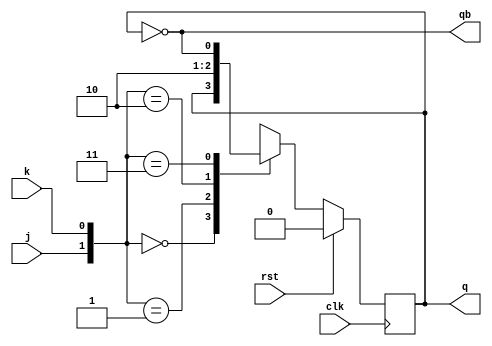
module jkf(j,k,clk,rst,q,qb);
input j,k,clk,rst;
output reg q;
output qb;
parameter HOLD=2'b00,
SET= 2'b01,
RESET= 2'b10,
TOGGLE= 2'b11;
always@(posedge clk)
begin
if(rst)
 q<=1'b0;
else
begin
case({j,k})
HOLD:  q<=q;
SET:   q<=1'b1;
RESET: q<=1'b0;
TOGGLE:q<=~q;
endcase
end
end
assign qb=~q;
endmodule